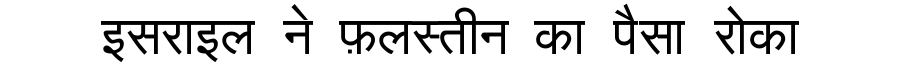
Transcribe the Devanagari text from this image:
इसराइल ने फ़लस्तीन का पैसा रोका